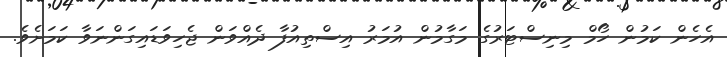
އެހެން ކަމުން ހޯމް މިނިސްޓަރުގެ މަގާމުން އުމަރު އިސްތިއުފާ ދެއްވަން ޖެހިވަޑައިގަންނަވާ ކަމަށެވެ.